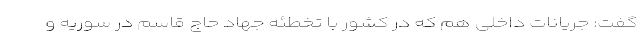
گفت: جریانات داخلی هم که در کشور با تخطئه جهاد حاج قاسم در سوریه و